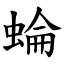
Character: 蜦